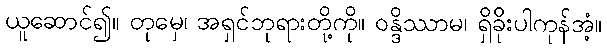
ယူဆောင်၍။ တုမှေ၊ အရှင်ဘုရားတို့ကို။ ဝန္ဒိဿာမ၊ ရှိခိုးပါကုန်အံ့။